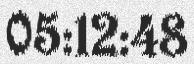
05:12:48